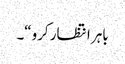
باہر انتظار کرو“۔